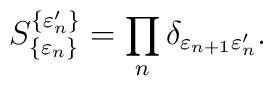
S^{\{\varepsilon'_n\}}_{\{\varepsilon_n\}}=\prod_n\delta_{\varepsilon_{n+1}\varepsilon'_n}.